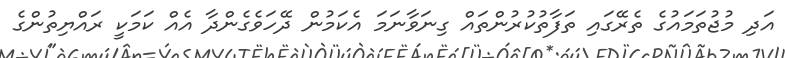
އަދި މުޖުތަމައުގެ ތެރޭގައި ތަފާތުކުރުންތައް ގިނަވާނަމަ އެކަމުން ދޭހަވެގެންދާ އެއް ކަމަކީ ރައްޔިތުންގެ